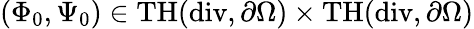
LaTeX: (\Phi_{0},\Psi_{0})\in\mathrm{{TH}(\mathrm{div},\partial\Omega)\times\mathrm{{TH}(\mathrm{div},\partial\Omega)}}